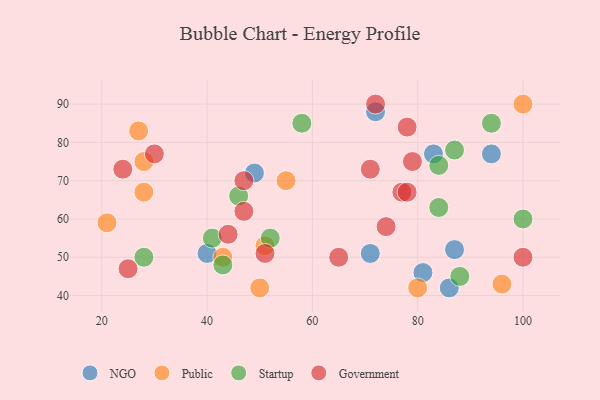
{"axis": {"x": "GDP", "y": "Life Expectancy"}, "legend": ["Government", "NGO", "Public", "Startup"], "data": [{"x": "86", "y": 42, "type": "NGO"}, {"x": "71", "y": 51, "type": "NGO"}, {"x": "40", "y": 51, "type": "NGO"}, {"x": "72", "y": 88, "type": "NGO"}, {"x": "49", "y": 72, "type": "NGO"}, {"x": "81", "y": 46, "type": "NGO"}, {"x": "94", "y": 77, "type": "NGO"}, {"x": "87", "y": 52, "type": "NGO"}, {"x": "83", "y": 77, "type": "NGO"}, {"x": "27", "y": 83, "type": "Public"}, {"x": "21", "y": 59, "type": "Public"}, {"x": "28", "y": 67, "type": "Public"}, {"x": "80", "y": 42, "type": "Public"}, {"x": "51", "y": 53, "type": "Public"}, {"x": "100", "y": 90, "type": "Public"}, {"x": "96", "y": 43, "type": "Public"}, {"x": "50", "y": 42, "type": "Public"}, {"x": "28", "y": 75, "type": "Public"}, {"x": "55", "y": 70, "type": "Public"}, {"x": "43", "y": 50, "type": "Public"}, {"x": "46", "y": 66, "type": "Startup"}, {"x": "94", "y": 85, "type": "Startup"}, {"x": "43", "y": 48, "type": "Startup"}, {"x": "88", "y": 45, "type": "Startup"}, {"x": "58", "y": 85, "type": "Startup"}, {"x": "100", "y": 60, "type": "Startup"}, {"x": "87", "y": 78, "type": "Startup"}, {"x": "41", "y": 55, "type": "Startup"}, {"x": "84", "y": 63, "type": "Startup"}, {"x": "84", "y": 74, "type": "Startup"}, {"x": "52", "y": 55, "type": "Startup"}, {"x": "28", "y": 50, "type": "Startup"}, {"x": "77", "y": 67, "type": "Government"}, {"x": "47", "y": 70, "type": "Government"}, {"x": "24", "y": 73, "type": "Government"}, {"x": "71", "y": 73, "type": "Government"}, {"x": "78", "y": 84, "type": "Government"}, {"x": "74", "y": 58, "type": "Government"}, {"x": "30", "y": 77, "type": "Government"}, {"x": "51", "y": 51, "type": "Government"}, {"x": "25", "y": 47, "type": "Government"}, {"x": "44", "y": 56, "type": "Government"}, {"x": "79", "y": 75, "type": "Government"}, {"x": "78", "y": 67, "type": "Government"}, {"x": "100", "y": 50, "type": "Government"}, {"x": "47", "y": 62, "type": "Government"}, {"x": "65", "y": 50, "type": "Government"}, {"x": "72", "y": 90, "type": "Government"}]}